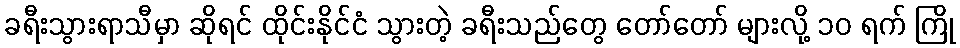
ခရီးသွားရာသီမှာ ဆိုရင် ထိုင်းနိုင်ငံ သွားတဲ့ ခရီးသည်တွေ တော်တော် များလို့ ၁၀ ရက် ကြို